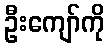
ဦးကျော်ကို